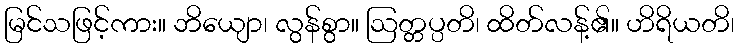
မြင်သဖြင့်ကား။ ဘိယျော၊ လွန်စွာ။ ဩတ္တပ္ပတိ၊ ထိတ်လန့်၏။ ဟိရိယတိ၊